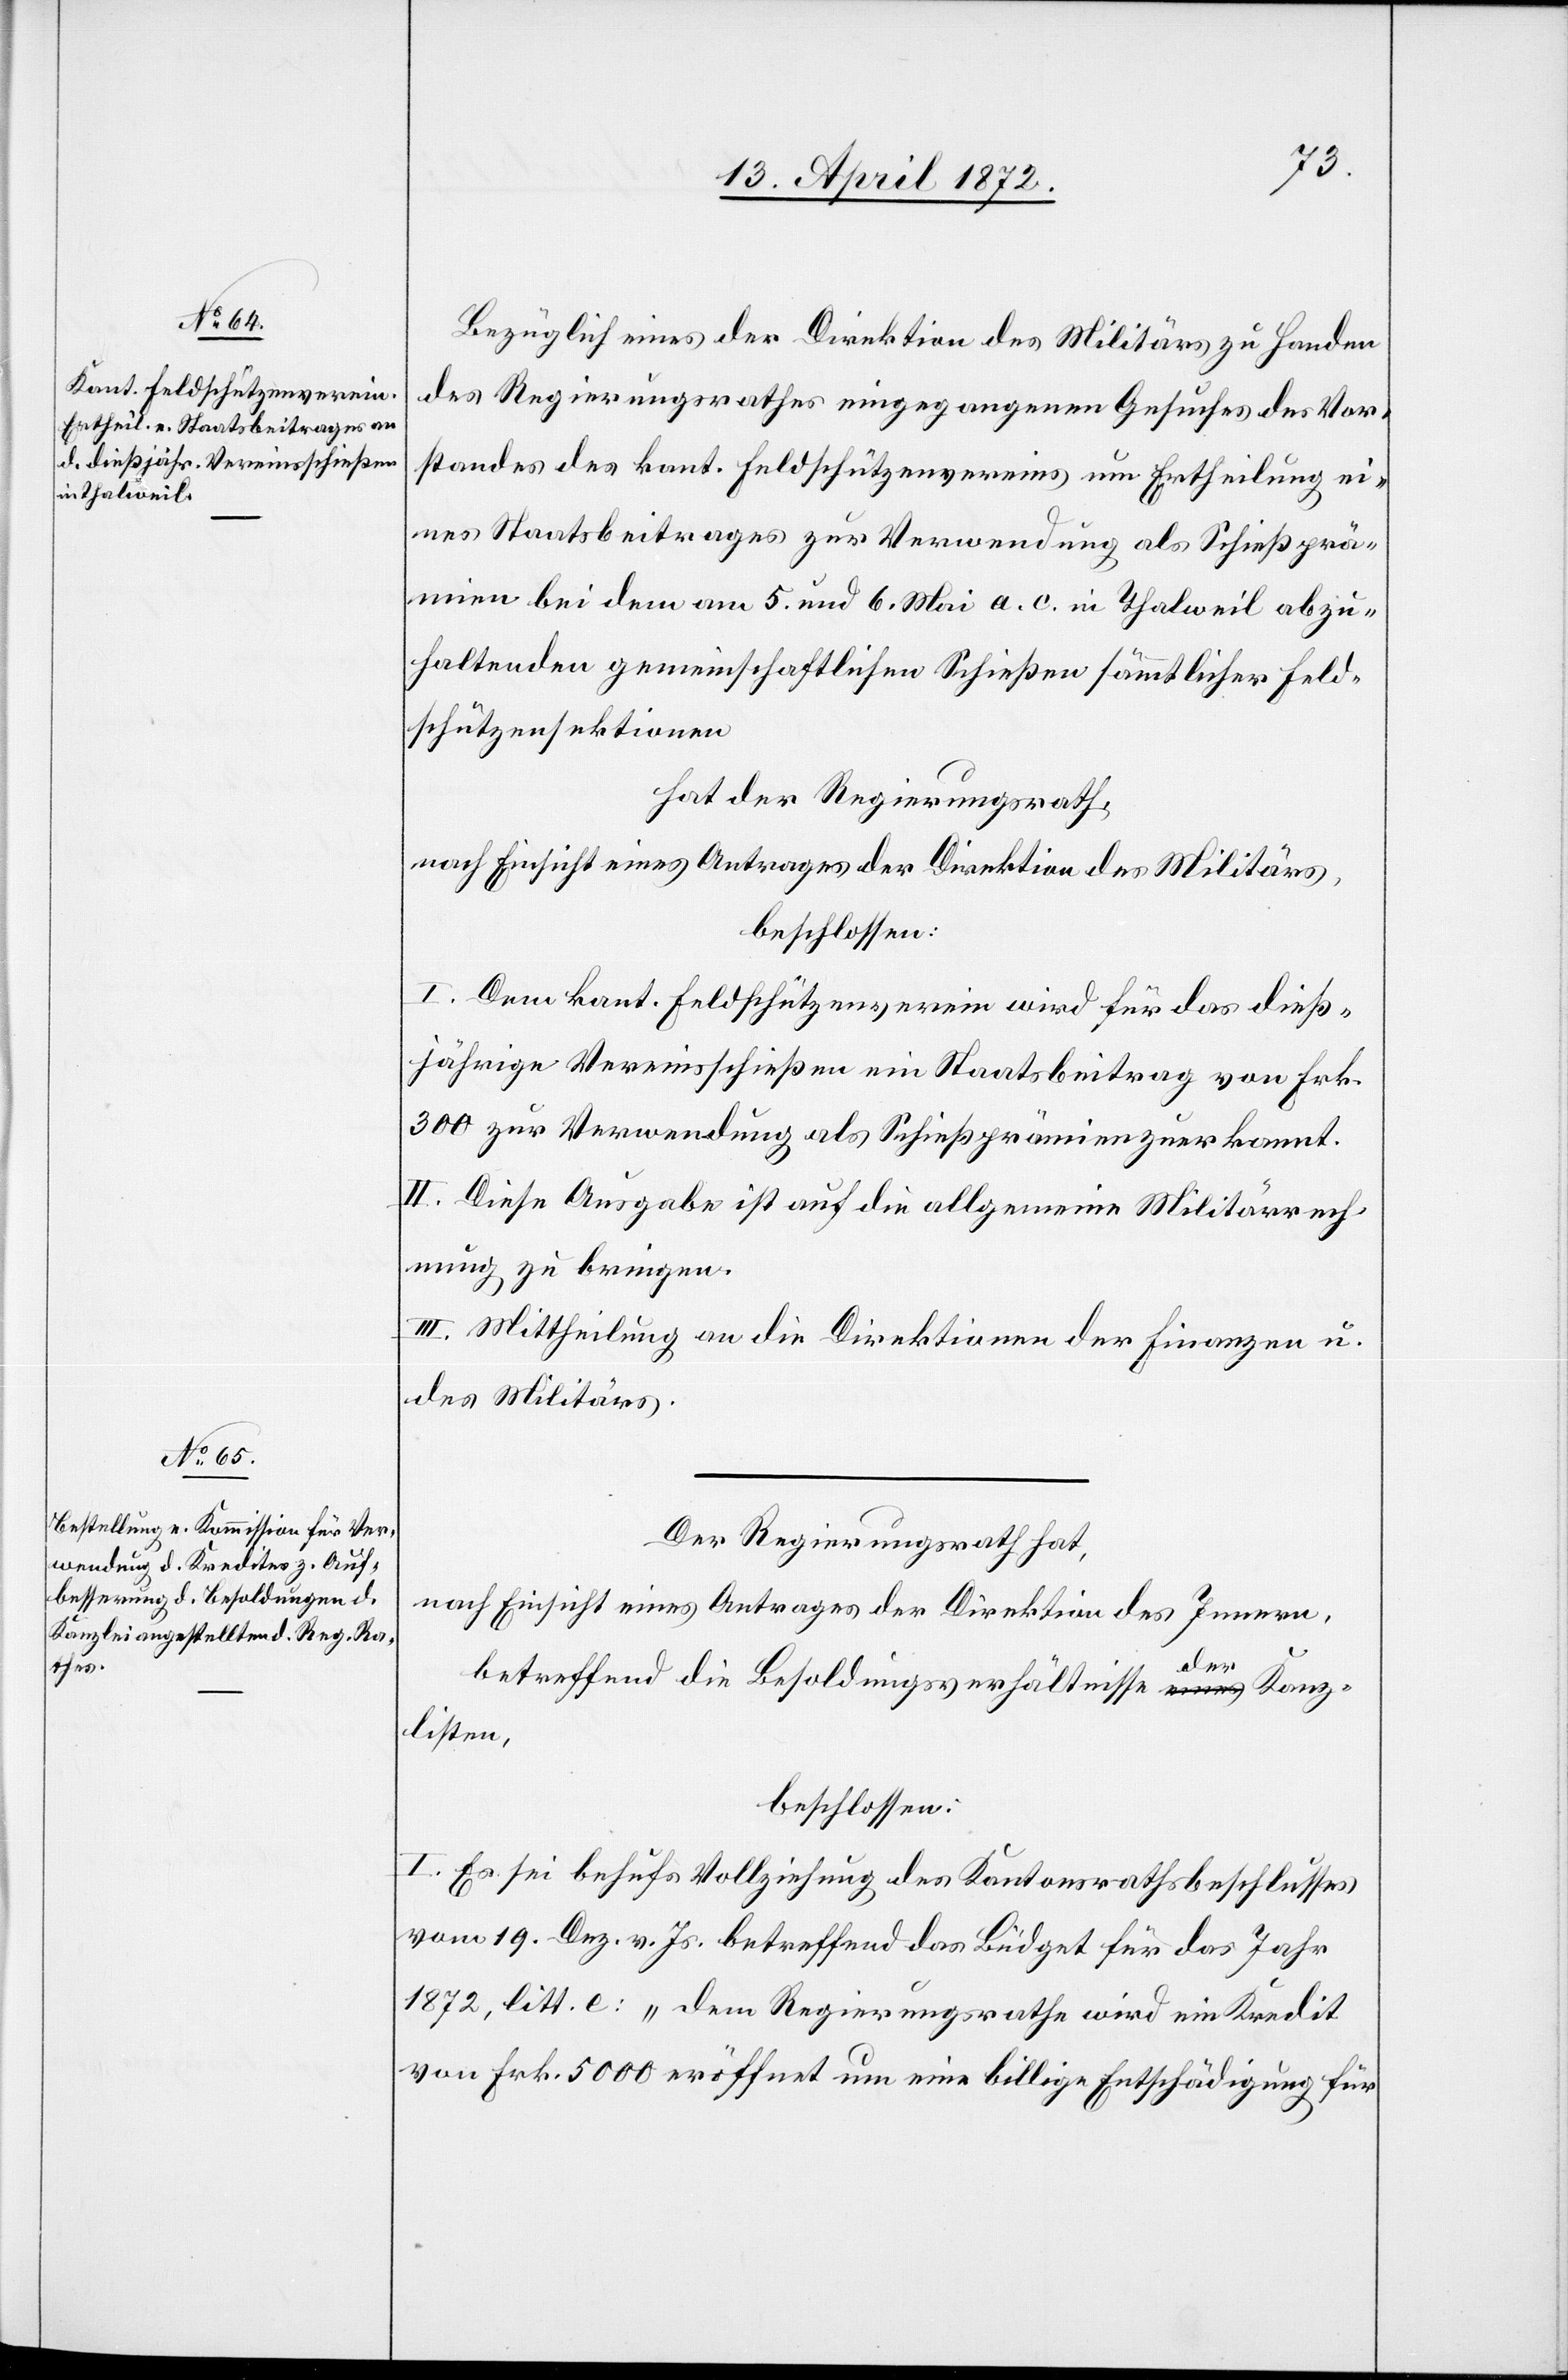
Bezüglich eines der Direktion des Militärs zu Handen
des Regierungsrathes eingegangenen Gesuches des Vor¬
standes des kant. Feldschützenvereins um Ertheilung ei¬
nes Staatsbeitrages zur Verwendung als Schießprä¬
mien bei dem am 5. und 6. Mai a. c. in Thalweil abzu¬
haltenden gemeinschaftlichen Schießen sämmtlicher Feld¬
schützensektionen
hat der Regierungsrath,
nach Einsicht eines Antrages der Direktion des Militärs,
beschlossen:
I. Dem kant. Feldschützenverein wird für das dieß¬
jährige Vereinsschießen ein Staatsbeitrag von Frk.
300 zur Verwendung als Schießprämien zuerkannt.
II. Diese Ausgabe ist auf die allgemeine Militärrech¬
nung zu bringen.
III. Mittheilung an die Direktionen der Finanzen u.
des Militärs.
Der Regierungsrath hat,
nach Einsicht eines Antrages der Direktion des Innern,
betreffend die Besoldungsverhältnisse der Kanz¬
listen,
beschlossen:
I. Es sei behufs Vollziehung des Kantonsrathsbeschlusses
vom 19. Dez. v. Js. betreffend das Büdget für das Jahr
1872, litt. e: „dem Regierungsrathe wird ein Kredit
von Frk. 5000 eröffnet um eine billige Entschädigung für